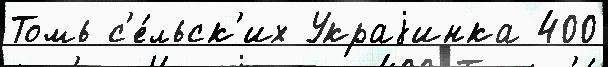
Томь с'е́льск'их Украjинка 400